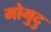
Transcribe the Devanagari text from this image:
मोगुदु